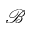
\mathcal { B }